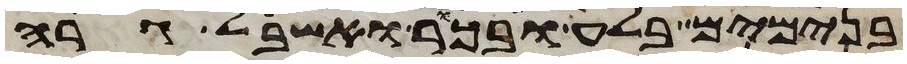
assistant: בנימים בלע ובכר ואשבאל גרה